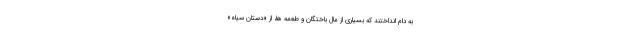
به دام انداختند که بسیاری از مال باختگان و طعمه ها، از «دستان سیاه»